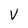
Character: v